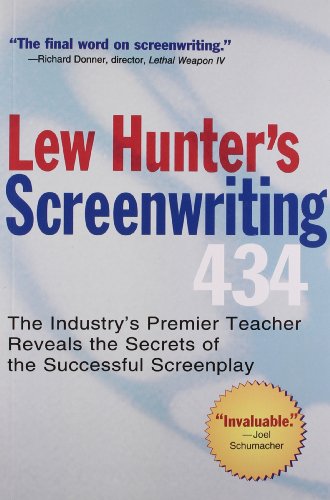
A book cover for Lew Hunter's Screenwriting 434: The Industry's Premier Teacher Reveals the Secrets of the Successful Screenplay; Lew Hunter; Humor & Entertainment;